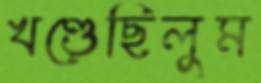
খণ্ডেছিলুম